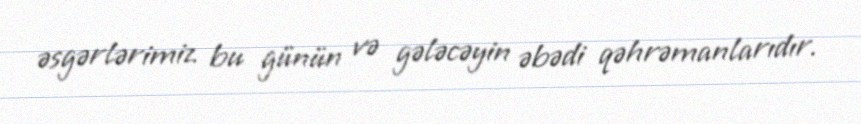
əsgərlərimiz bu günün və gələcəyin əbədi qəhrəmanlarıdır.